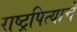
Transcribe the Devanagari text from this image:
राष्ट्रपित्याचे